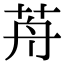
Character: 𦭸